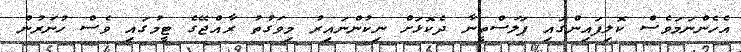
އެހެންނަމަވެސް ކޮލިފައިންގައި ޕަލަސްތީނާ ދެކޮޅަށް ނިކުންނައިރު މިވަގުތު ރާއްޖޭގެ ޓީމުގައި ވެސް ހުނަރުން